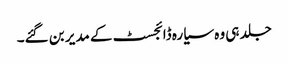
جلد ہی وہ سیارہ ڈائجسٹ کے مدیر بن گئے۔